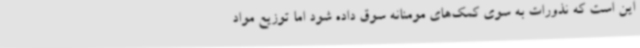
این است که نذورات به سوی کمک‌های مومنانه سوق داده شود اما توزیع مواد